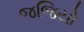
જજિયો